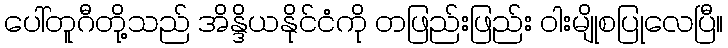
ပေါ်တူဂီတို့သည် အိန္ဒိယနိုင်ငံကို တဖြည်းဖြည်း ဝါးမျိုစပြုလေပြီ။